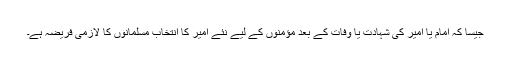
جیسا کہ امام یا امیر کی شہادت یا وفات کے بعد مؤمنوں کے لیے نئے امیر کا انتخاب مسلمانوں کا لازمی فریضہ ہے۔